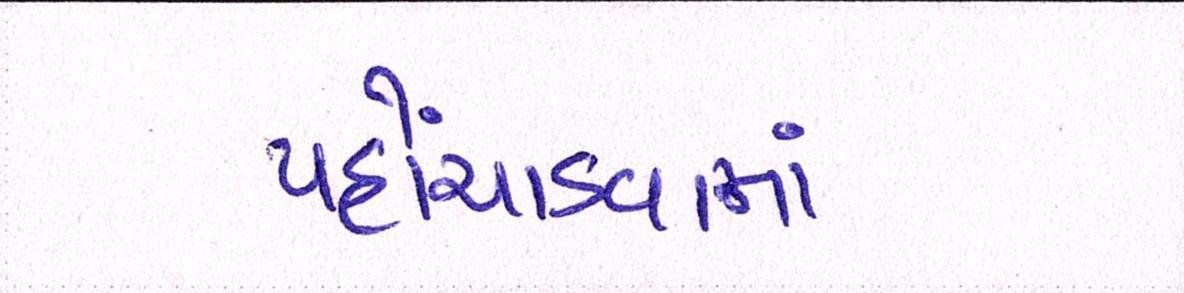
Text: પહોંચાડવામાં